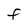
Character: F